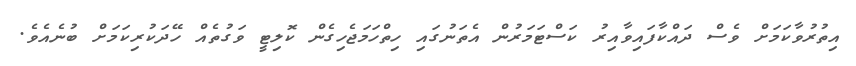
އިތުރުވާކަމަށް ވެސް ދައްކާފައިވާއިރު ކަސްޓަމަރުން އެތަނުގައި ހިތްހަމަޖެހިގެން ކޮލިޓީ ވަގުތެއް ހޭދަކުރިކަމަށް ބުނެއެވެ.